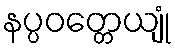
နပ္ပဝတ္တေယျုံ